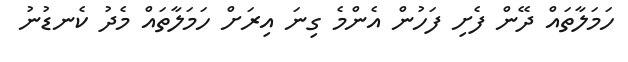
ހަމަލާތަައް ދޭން ފެށި ފަހުން އެންމެ ގިނަ އިރަށް ހަމަލާތައް މެދު ކެނޑުނު